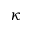
\kappa